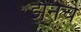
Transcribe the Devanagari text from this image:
झेनचे